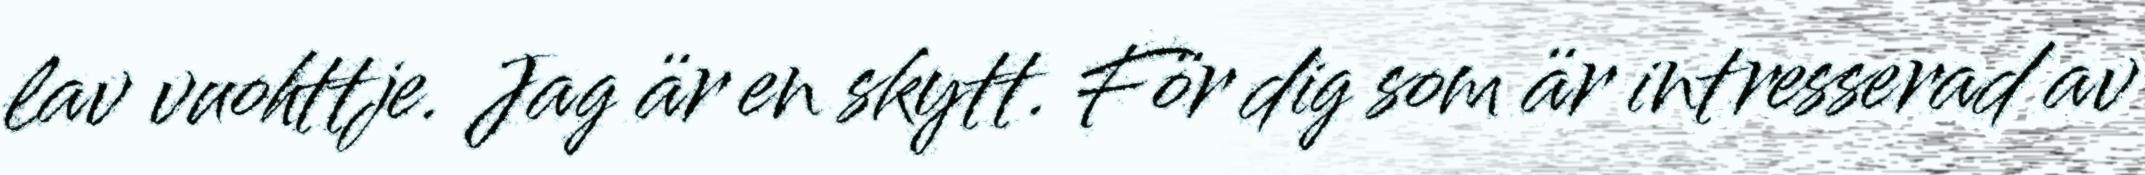
lav vuohttje. Jag är en skytt. För dig som är intresserad av